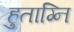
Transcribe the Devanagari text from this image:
हुताग्नि